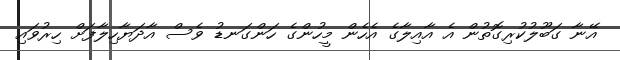
އޭނާ ގަބޫލުކުރިގޮތުން އެ އާއިލާގެ އެހެން މީހުންގެ ހަންގަނޑު ވެސް އާދަޔާހިލާފަށް ހިރުވައި